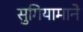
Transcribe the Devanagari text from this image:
सुगियामाने